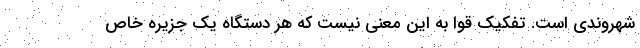
شهروندی است. تفکیک قوا به این معنی نیست که هر دستگاه یک جزیره خاص